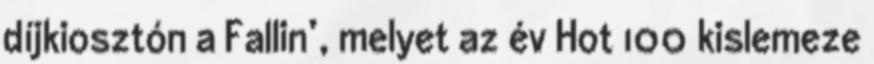
díjkiosztón a Fallin’, melyet az év Hot 100 kislemeze